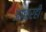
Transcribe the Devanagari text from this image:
आचारही